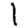
Digit: 1